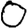
Digit: 0